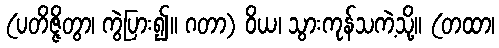
(ပတိဇ္ဇိတွာ၊ ကွဲပြား၍။ ဂတာ) ဝိယ၊ သွားကုန်သကဲ့သို့။ (တထာ၊